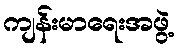
ကျန်းမာရေးအဖွဲ့